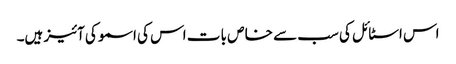
اس اسٹا ئل کی سب سے خا ص با ت اس کی اسمو کی آئیز ہیں۔